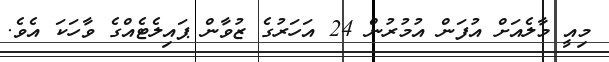
މިއީ މާލެއަށް އުފަން އުމުރުން 24 އަހަރުގެ ޒުވާން ޕައިލެޓެއްގެ ވާހަކަ އެވެ.